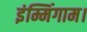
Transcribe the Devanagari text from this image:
इंम्मिंगाम।